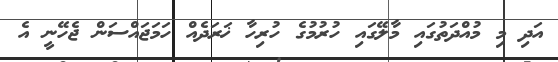
އަދި މި މުއްދަތުގައި މާލޭގައި ހުރުމުގެ ހުރިހާ ޚަރަދެއް ހަމަޖައްސަން ޖެހޭނީ އެ